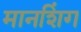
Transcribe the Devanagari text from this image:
मानशिंग